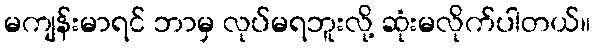
မကျန်းမာရင် ဘာမှ လုပ်မရဘူးလို့ ဆုံးမလိုက်ပါတယ်။